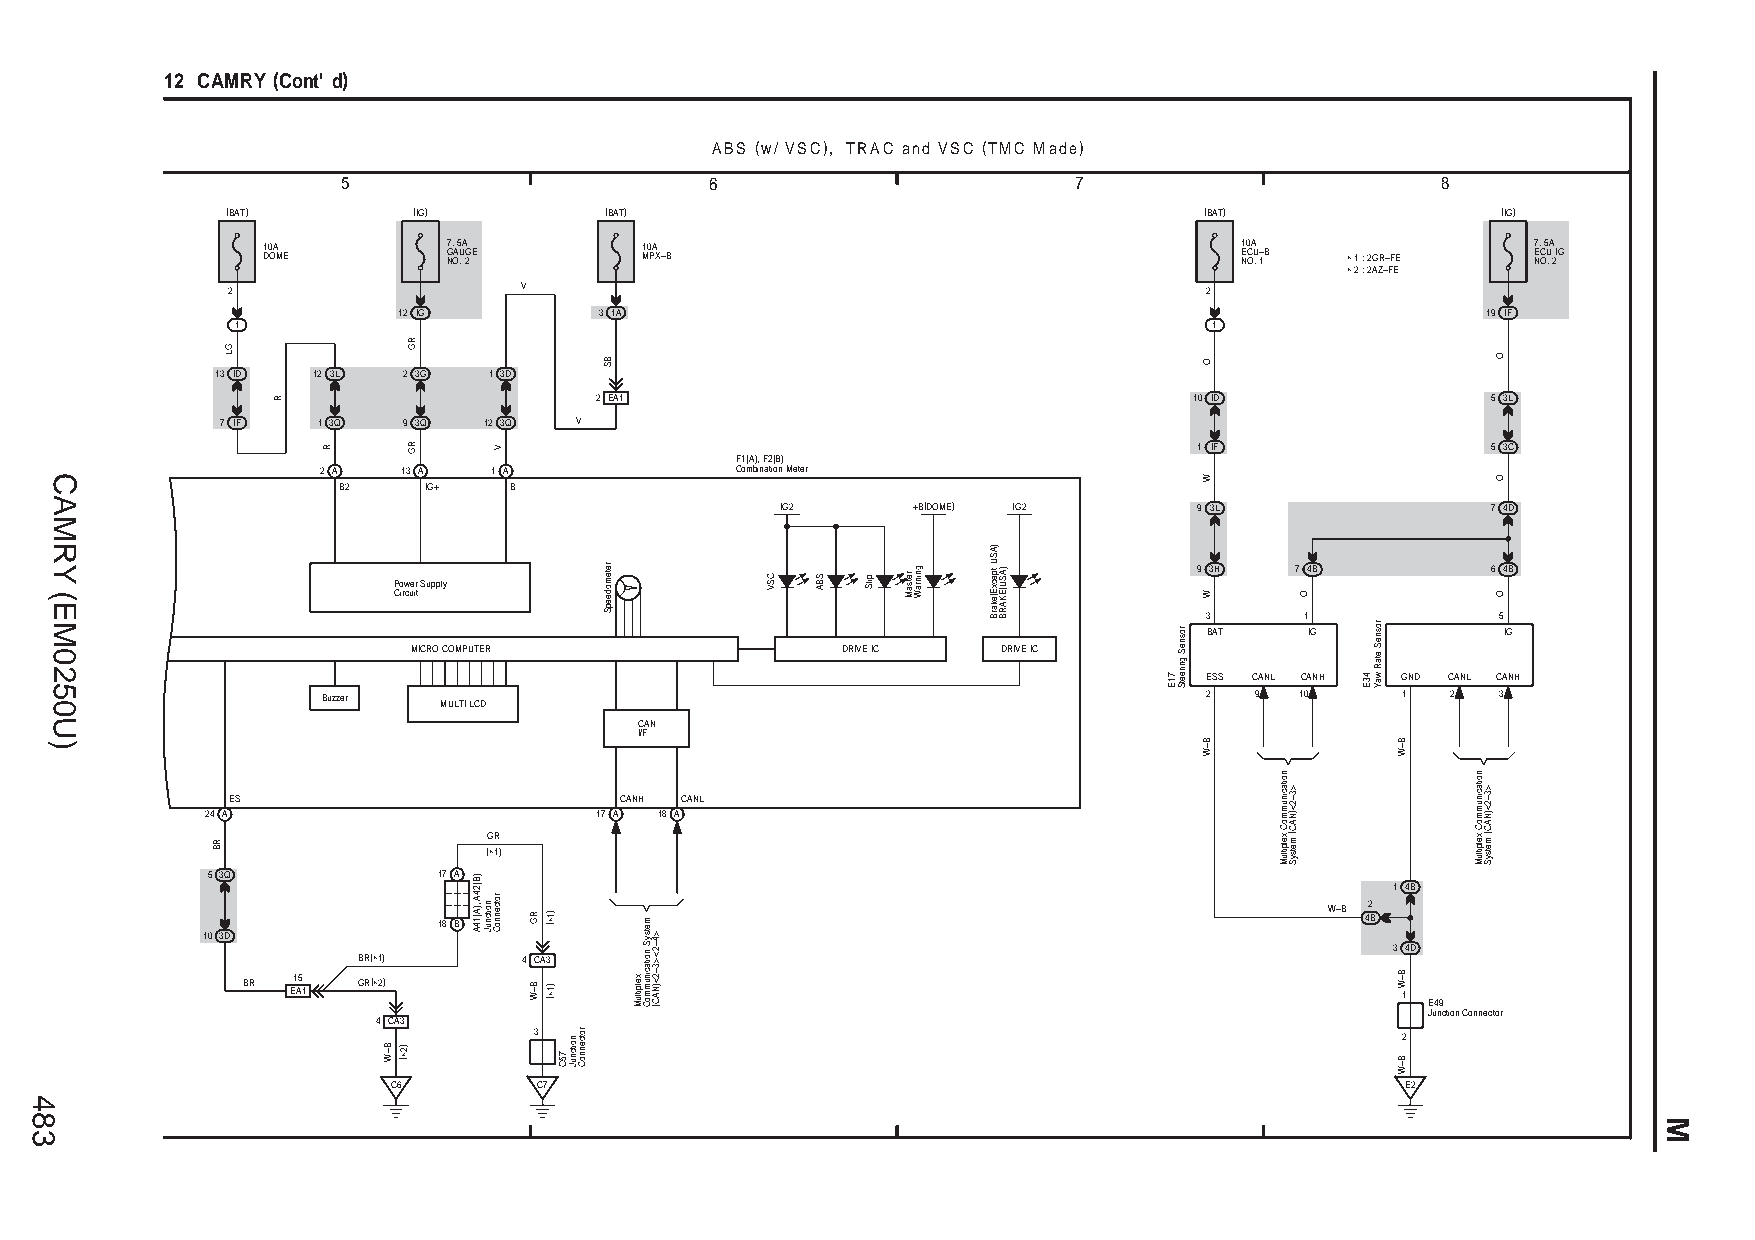
12 CAMRY (Cont' d)
 ABS (w/ VSC), TRAC and VSC (TMC Made)
 5                       6                       7                       8
 (BAT)       (IG)         (BAT)                                   (BAT)              (IG)
 1 D0 OA ME   7 G N. OA 5 U .A 2GE 1 M0 PA X–B                    1 E N0 C OA U . 1–B ∗ 1 : 2GR–FE 7 E N. C O 5 U .A 2 IG
 ∗ 2 : 2AZ–FE
 2                   V                                            2
 12 IG         3 1A                                                      19 IF
 1                                                               1
 13 ID  12 3L 2 3G 1 3D
 2 EA1                                   10 ID               5 3L
 7 IF  1 3Q  9 3Q 12 3Q V
 1 IF                5 3C
 F1(A), F2(B)
 2 A   13 A  1 A             Combination Meter
 B2    IG+   B
 IG2     +B(DOME) IG2       9 3L                7 4D
 9 3H   7 4B         6 4B Power Supply
 Circuit
 3     1            5
 BAT    IG           IG
 MICRO COMPUTER               DRIVE IC  DRIVE IC
 ESS CANL CANH GND CANL CANH
 Buzzer  MULTI LCD                                          2  9  10     1  2  3
 CAN
 I/F
 ES                        CANH CANL
 24 A                     17 A 18 A
 GR
 (∗1)
 5 3Q           17 A
 1 4B
 W–B 2 4B 18 B
 10 3D
 3 4D BR(∗1) 4 CA3
 BR 15   GR(∗2) EA1                                                           1
 E49
 Junction Connector
 4 CA3
 3                                                         2
 C6        C7                                                       E2
 483
 CAMRY
 (EM0250U)
 RB
 GL
 R
 R
 B–W )2∗(
 RG
 RG
 )B(24A
 ,)A(14A noitcnuJ
 V
 rotcennoC
 RG
 B–W
 )1∗(
 )1∗(
 75C
 noitcnuJ rotcennoC
 BS
 retemodeepS
 xelpitluM
 metsyS
 noitacinummoC
 >4–2<>3–2<)NAC(
 CSV SBA pilS retsaM gninraW
 )ASU
 tpecxE(ekarB )ASU(EKARB
 71E
 rosneS
 gnireetS
 O
 W
 W
 B–W
 noitacinummoC
 xelpitluM
 >3–2<)NAC(
 metsyS
 O
 43E
 rosneS
 etaR
 waY
 B–W
 B–W
 B–W
 noitacinummoC
 xelpitluM
 >3–2<)NAC(
 metsyS
 O
 O
 O
 M